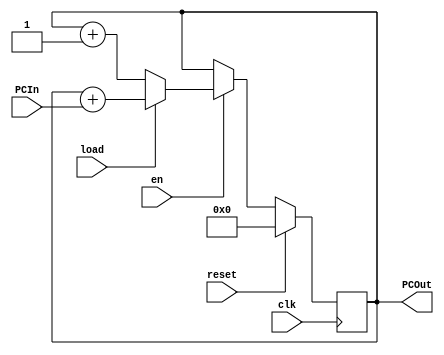
module PC#(parameter MEM_WIDTH=8)(clk, reset, PCOut, PCIn, load, en);
  input clk, reset, load, en;
  input [MEM_WIDTH-1:0] PCIn;
  output [MEM_WIDTH-1:0] PCOut;
  
  reg [MEM_WIDTH-1:0] count;
  
  assign PCOut = count;
  
  always@(posedge clk)
  begin  
   if(reset)
		count <= {MEM_WIDTH{1'b0}};
	else if(en) begin
		if(load)
			count <= count+PCIn;
		else
			count <= count + 1;
	end
  end
endmodule